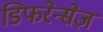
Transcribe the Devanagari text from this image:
डिफरेन्सेज़